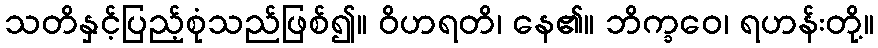
သတိနှင့်ပြည့်စုံသည်ဖြစ်၍။ ဝိဟရတိ၊ နေ၏။ ဘိက္ခဝေ၊ ရဟန်းတို့။